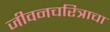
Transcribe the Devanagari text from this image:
जीवनचरित्राचा